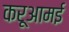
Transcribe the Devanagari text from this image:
करूआमई